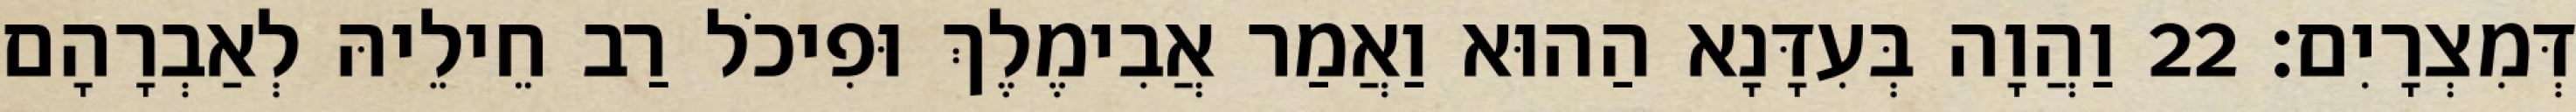
דְּמִצְרָיִם׃ 22 וַהֲוָה בְּעִדָּנָא הַהוּא וַאֲמַר אֲבִימֶלֶךְ וּפִיכֹל רַב חֵילֵיהּ לְאַבְרָהָם